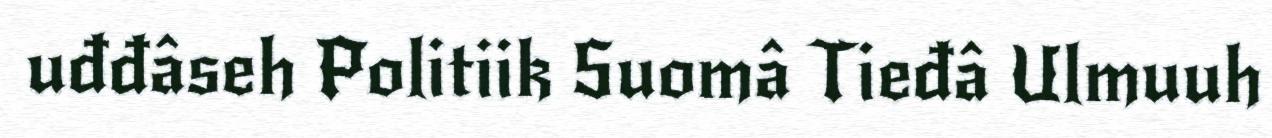
uđđâseh Politiik Suomâ Tieđâ Ulmuuh